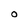
Character: O